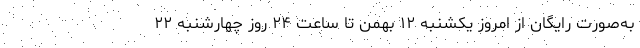
به‌صورت رایگان از امروز یکشنبه ١٢ بهمن تا ساعت ٢۴ روز چهارشنبه ٢٢